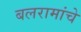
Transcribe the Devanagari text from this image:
बलरामांचे